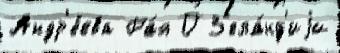
Андр'е́ева Ра́я О З'ела́нд'иjи